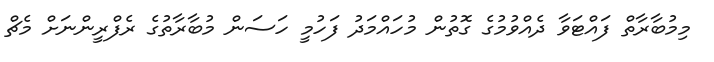
މިމުބާރާތް ފައްޓަވާ ދެއްވުމުގެ ގޮތުން މުހައްމަދު ފަހުމީ ހަސަން މުބާރާތުގެ ރެފްރީންނަށް މެޗް